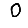
Digit: 0